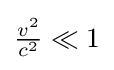
{\tfrac {v^{2}}{c^{2}}}\ll 1